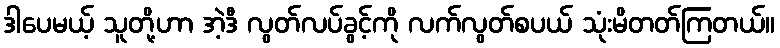
ဒါပေမယ့် သူတို့ဟာ အဲ့ဒီ လွတ်လပ်ခွင့်ကို လက်လွတ်စပယ် သုံးမိတတ်ကြတယ်။